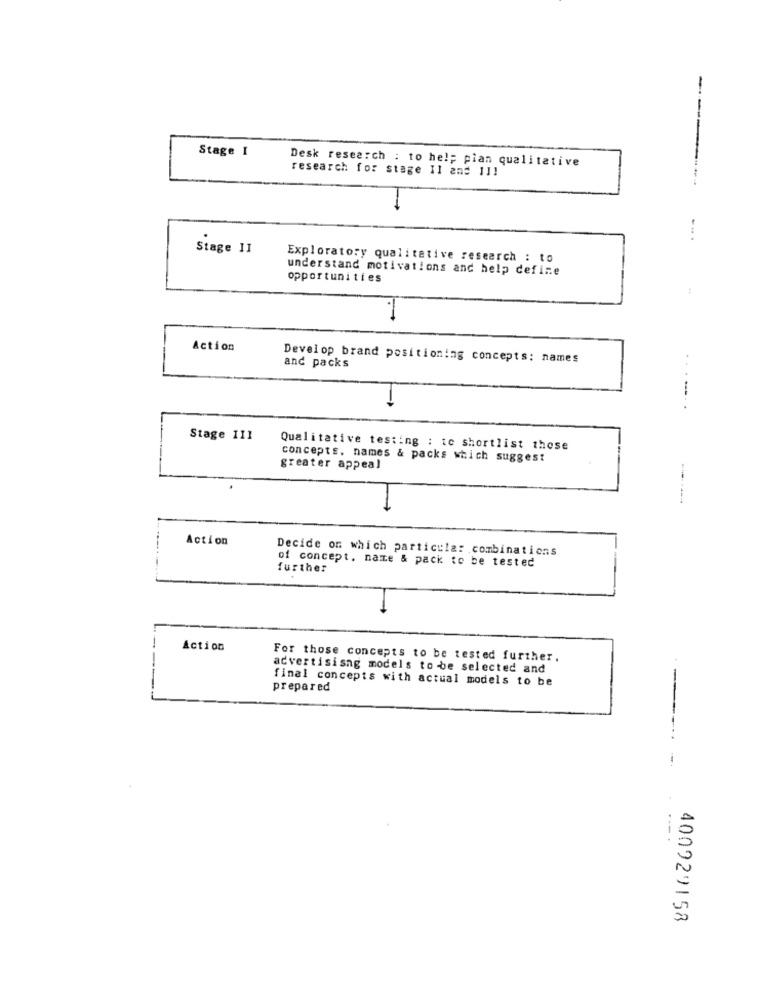
----
Stage I
Desk research : to hel; pian qualitative
research for stage Il and 11!
....
Stage II
Exploratory qualitative research : to
understand motivations and help defire
opportunities
Action
Develop brand positioning concepts: names
and packs
....
Stage III
Qualitative testing : to shortlist those
concepts, names & packs which suggest
greater appeal
Action
Decide on which particula: combinations
of concept. name & pack to be tested
further
Action
For those concepts to be tested further.
advertising models to be selected and
final concepts with actual models to be
-
prepared
---.
400929158